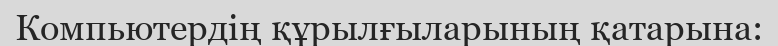
Компьютердің құрылғыларының қатарына: